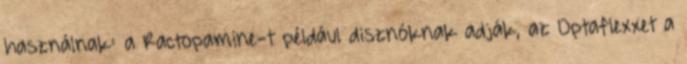
használnak: a Ractopamine-t például disznóknak adják, az Optaflexxet a